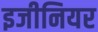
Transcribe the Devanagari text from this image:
इजीनियर